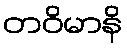
တဝိမာနိ